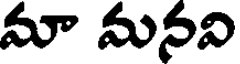
మా మనవి